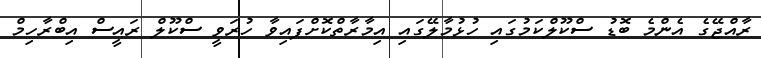
ރާއްޖޭގެ އެންމެ ބޮޑު ސްކޫލްކަމުގައި ހުޅުމާލޭގައި އިމާރާތްކޮށްފައިވާ ހުރަވީ ސްކޫލް ރައީސް އިބްރާހިމް